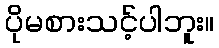
ပိုမစားသင့်ပါဘူး။